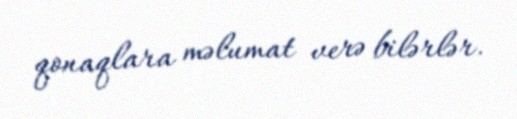
qonaqlara məlumat verə bilərlər.